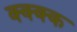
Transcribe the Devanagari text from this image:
क्क्क्क